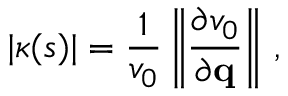
| \kappa ( s ) | = \frac { 1 } { v _ { 0 } } \left\| \frac { \partial v _ { 0 } } { \partial { \bf q } } \right\| \, ,